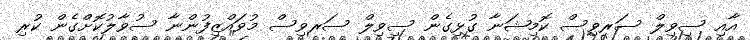
އާއި ސިވިލް ސަރވިސް ކޮމިޝަނާ ގުޅިގެން ސިވިލް ސަރވިސް މުވައްޒިފުންނާ ސުވާލުކޮށްގެން ކުރި